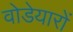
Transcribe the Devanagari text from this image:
वोडेयारों